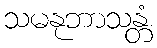
သမနုဘာသန္တံ